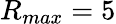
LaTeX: R_{max}=5